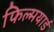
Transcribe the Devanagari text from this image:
फिल्मयार्ड